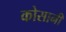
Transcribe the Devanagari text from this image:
कोसानी